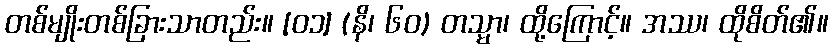
တစ်မျိုးတစ်ခြားသာတည်း။ [၀၁] (နိ၊ ၆၀) တသ္မာ၊ ထို့ကြောင့်။ အဿ၊ ထိုစိတ်၏။